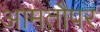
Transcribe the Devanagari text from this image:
आमतौपर